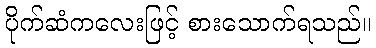
ပိုက်ဆံကလေးဖြင့် စားသောက်ရသည်။